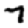
Digit: 7